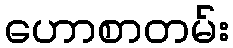
ဟောစာတမ်း